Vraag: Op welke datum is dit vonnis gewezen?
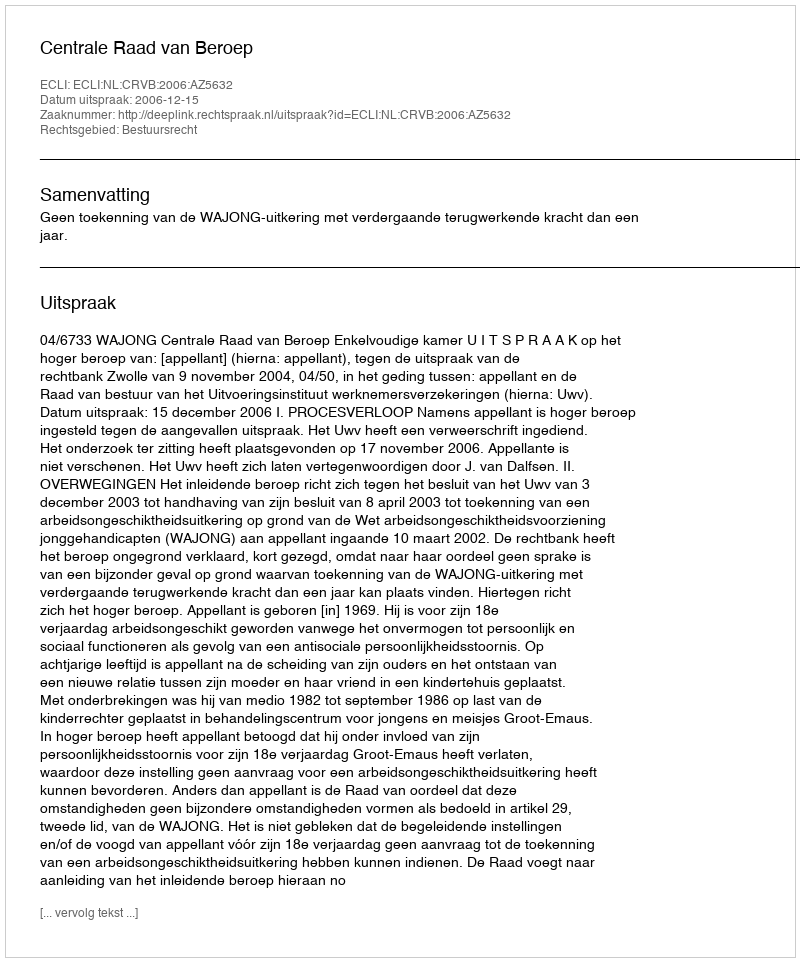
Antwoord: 2006-12-15